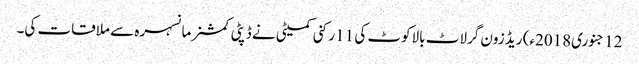
12 جنوری2018ء) ریڈ زون گرلاٹ بالاکوٹ کی 11 رکنی کمیٹی نے ڈپٹی کمشنر مانسہرہ سے ملاقات کی۔